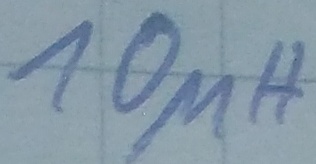
Text: 10µH